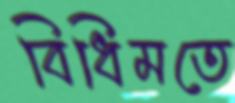
বিধিমতে